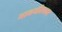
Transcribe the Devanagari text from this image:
भावगीतकार